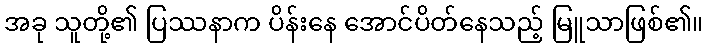
အခု သူတို့၏ ပြဿနာက ပိန်းနေ အောင်ပိတ်နေသည့် မြူသာဖြစ်၏။